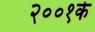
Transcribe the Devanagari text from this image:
२००१के